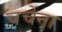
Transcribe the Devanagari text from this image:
चर्चेना